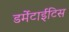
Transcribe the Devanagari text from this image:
डर्मेटाईटिस